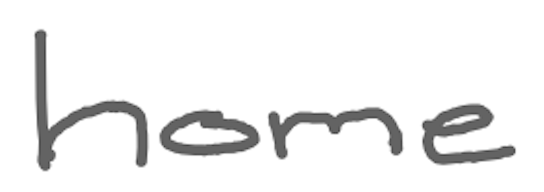
Text: home
Cross-out: clean
Writing tool: digital_gray